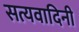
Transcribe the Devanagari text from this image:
सत्यवादिनी